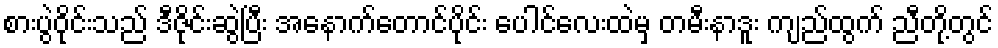
စားပွဲဝိုင်းသည် ဒီဇိုင်းဆွဲပြီး အနောက်တောင်ပိုင်း ပေါင်လေးထဲမှ တမီးနာဒူး ကျည်ထွက် ညီတို့တွင်